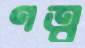
ণত্ব